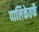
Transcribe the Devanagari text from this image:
पालिकेतर्फे